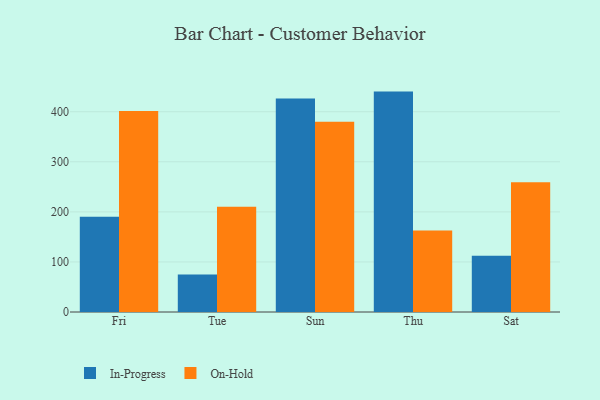
{"axis": {"x": "Day", "y": "Gross Profit (USD K)"}, "legend": ["In-Progress", "On-Hold"], "data": [{"x": "Fri", "y": 190.2, "type": "In-Progress"}, {"x": "Fri", "y": 401.3, "type": "On-Hold"}, {"x": "Tue", "y": 74.7, "type": "In-Progress"}, {"x": "Tue", "y": 210.1, "type": "On-Hold"}, {"x": "Sun", "y": 426.5, "type": "In-Progress"}, {"x": "Sun", "y": 380.1, "type": "On-Hold"}, {"x": "Thu", "y": 440.2, "type": "In-Progress"}, {"x": "Thu", "y": 163.0, "type": "On-Hold"}, {"x": "Sat", "y": 112.5, "type": "In-Progress"}, {"x": "Sat", "y": 259.3, "type": "On-Hold"}]}